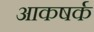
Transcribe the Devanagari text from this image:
आकषर्क